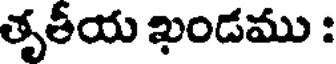
తృతీయ ఖండము :